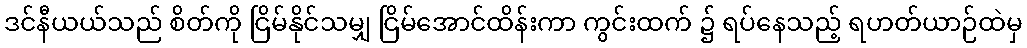
ဒင်နီယယ်သည် စိတ်ကို ငြိမ်နိုင်သမျှ ငြိမ်အောင်ထိန်းကာ ကွင်းထက် ၌ ရပ်နေသည့် ရဟတ်ယာဉ်ထဲမှ